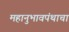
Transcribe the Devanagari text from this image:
महानुभावपंथाचा